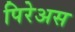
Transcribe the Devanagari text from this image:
पिरेअस